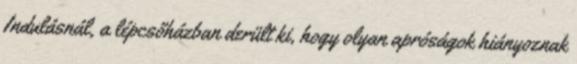
Indulásnál, a lépcsőházban derült ki, hogy olyan apróságok hiányoznak